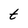
Character: t